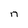
Character: n